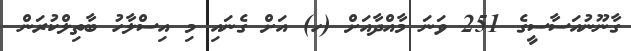
ގާނޫނުއަސާސީގެ 251 ވަނަ މާއްދާއަށް (ހ) އަށް ގެނައި މި އިސްލާހު ބާތިލްކުރަން